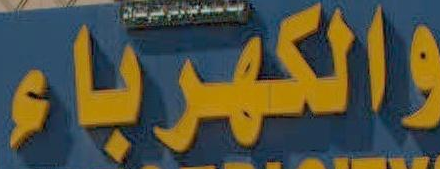
والكهرباء